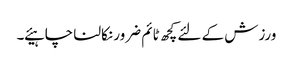
ورزش کے لئے کچھ ٹائم ضرور نکالنا چاہیئے ۔